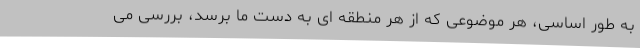
به طور اساسی، هر موضوعی که از هر منطقه ای به دست ما برسد، بررسی می